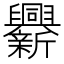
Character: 𨑁